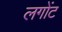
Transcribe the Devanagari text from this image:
लगोंट